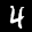
Label: 4